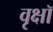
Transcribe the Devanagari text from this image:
वृक्षॉ